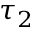
\tau _ { 2 }